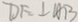
D F \bot A B